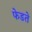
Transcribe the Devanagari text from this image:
फेडते